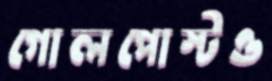
গোলপোস্টও